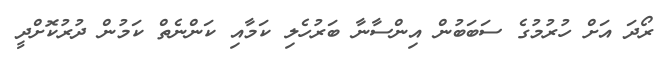
ރޯދަ އަށް ހުރުމުގެ ސަބަބުން އިންސާނާ ބަރުހެލި ކަމާއި ކަންނެތް ކަމުން ދުރުކޮށްދީ